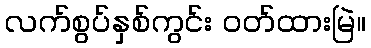
လက်စွပ်နှစ်ကွင်း ဝတ်ထားမြဲ။